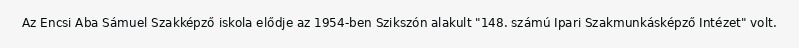
Az Encsi Aba Sámuel Szakképző iskola elődje az 1954-ben Szikszón alakult "148. számú Ipari Szakmunkásképző Intézet" volt.